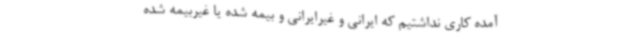
آمده کاری نداشتیم که ایرانی و غیرایرانی و بیمه شده یا غیربیمه شده